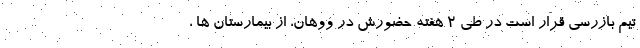
تیم بازرسی قرار است در طی 2 هفته حضورش در ووهان، از بیمارستان ها ،